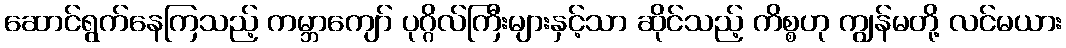
ဆောင်ရွက်နေကြသည့် ကမ္ဘာကျော် ပုဂ္ဂိလ်ကြီးများနှင့်သာ ဆိုင်သည့် ကိစ္စဟု ကျွန်မတို့ လင်မယား